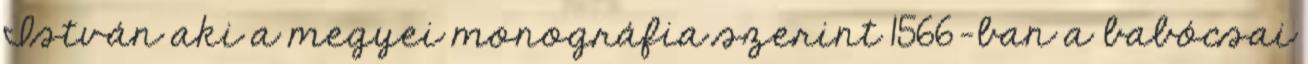
István aki a megyei monográfia szerint 1566-ban a babócsai